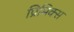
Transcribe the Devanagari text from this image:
प्रिमिक्स